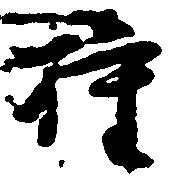
権